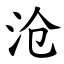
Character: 沧